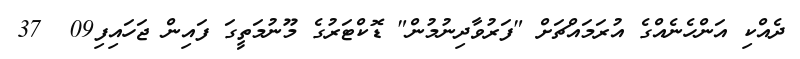
ދެއްކި އަންހެނެއްގެ އުރަމައްޗަށް "ފަރުވާދިނުމުން" ޑޮކްޓަރުގެ މޫނުމަތީގަ ފައިން ޖަހައިފި09  37